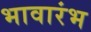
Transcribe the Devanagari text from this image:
भावारंभ